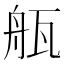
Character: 𤭂